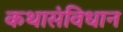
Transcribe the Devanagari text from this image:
कथासंविधान